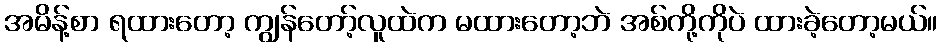
အမိန့်စာ ရထားတော့ ကျွန်တော့်လူထဲက မထားတော့ဘဲ အစ်ကို့ကိုပဲ ထားခဲ့တော့မယ်။